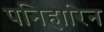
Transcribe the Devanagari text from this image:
पनिहारिन